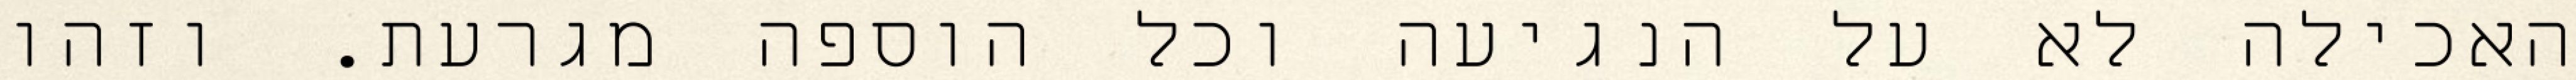
האכילה לא על הנגיעה וכל הוספה מגרעת. וזהו